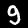
Digit: 9